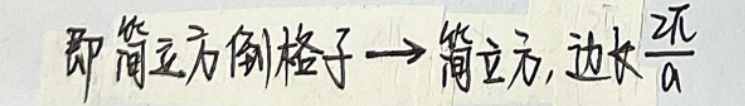
即简立方格子 \(\rightarrow\) 简立方，边长\(\frac{2 \pi}{a}\)